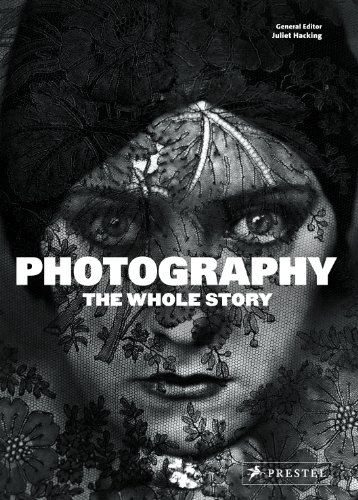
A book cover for Photography: The Whole Story; Arts & Photography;